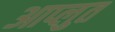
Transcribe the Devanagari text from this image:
आप्लुत